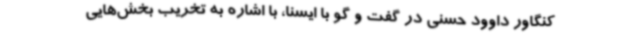
کنگاور داوود حسنی در گفت و گو با ایسنا، با اشاره به تخریب بخش‌هایی